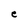
Character: e